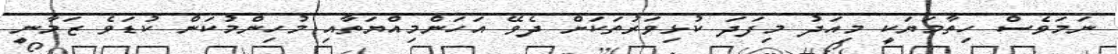
ނަމަވެސް ހިތާމަޔަކީ މިއަދު މިފަދަ ކުޅިވަރުތަކަށް ދެވޭ އަހަންމިއްޔަތާއި މުހިންމުކަން ކުޑަވެ ޒަމާނީ